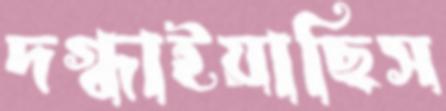
দগ্ধাইয়াছিস